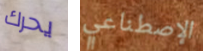
يحرك الإصطناعي